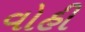
વોહી